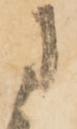
に